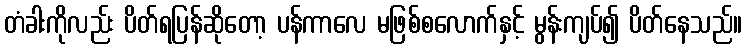
တံခါးကိုလည်း ပိတ်ရပြန်ဆိုတော့ ပန်ကာလေ မဖြစ်စလောက်နှင့် မွန်းကျပ်၍ ပိတ်နေသည်။